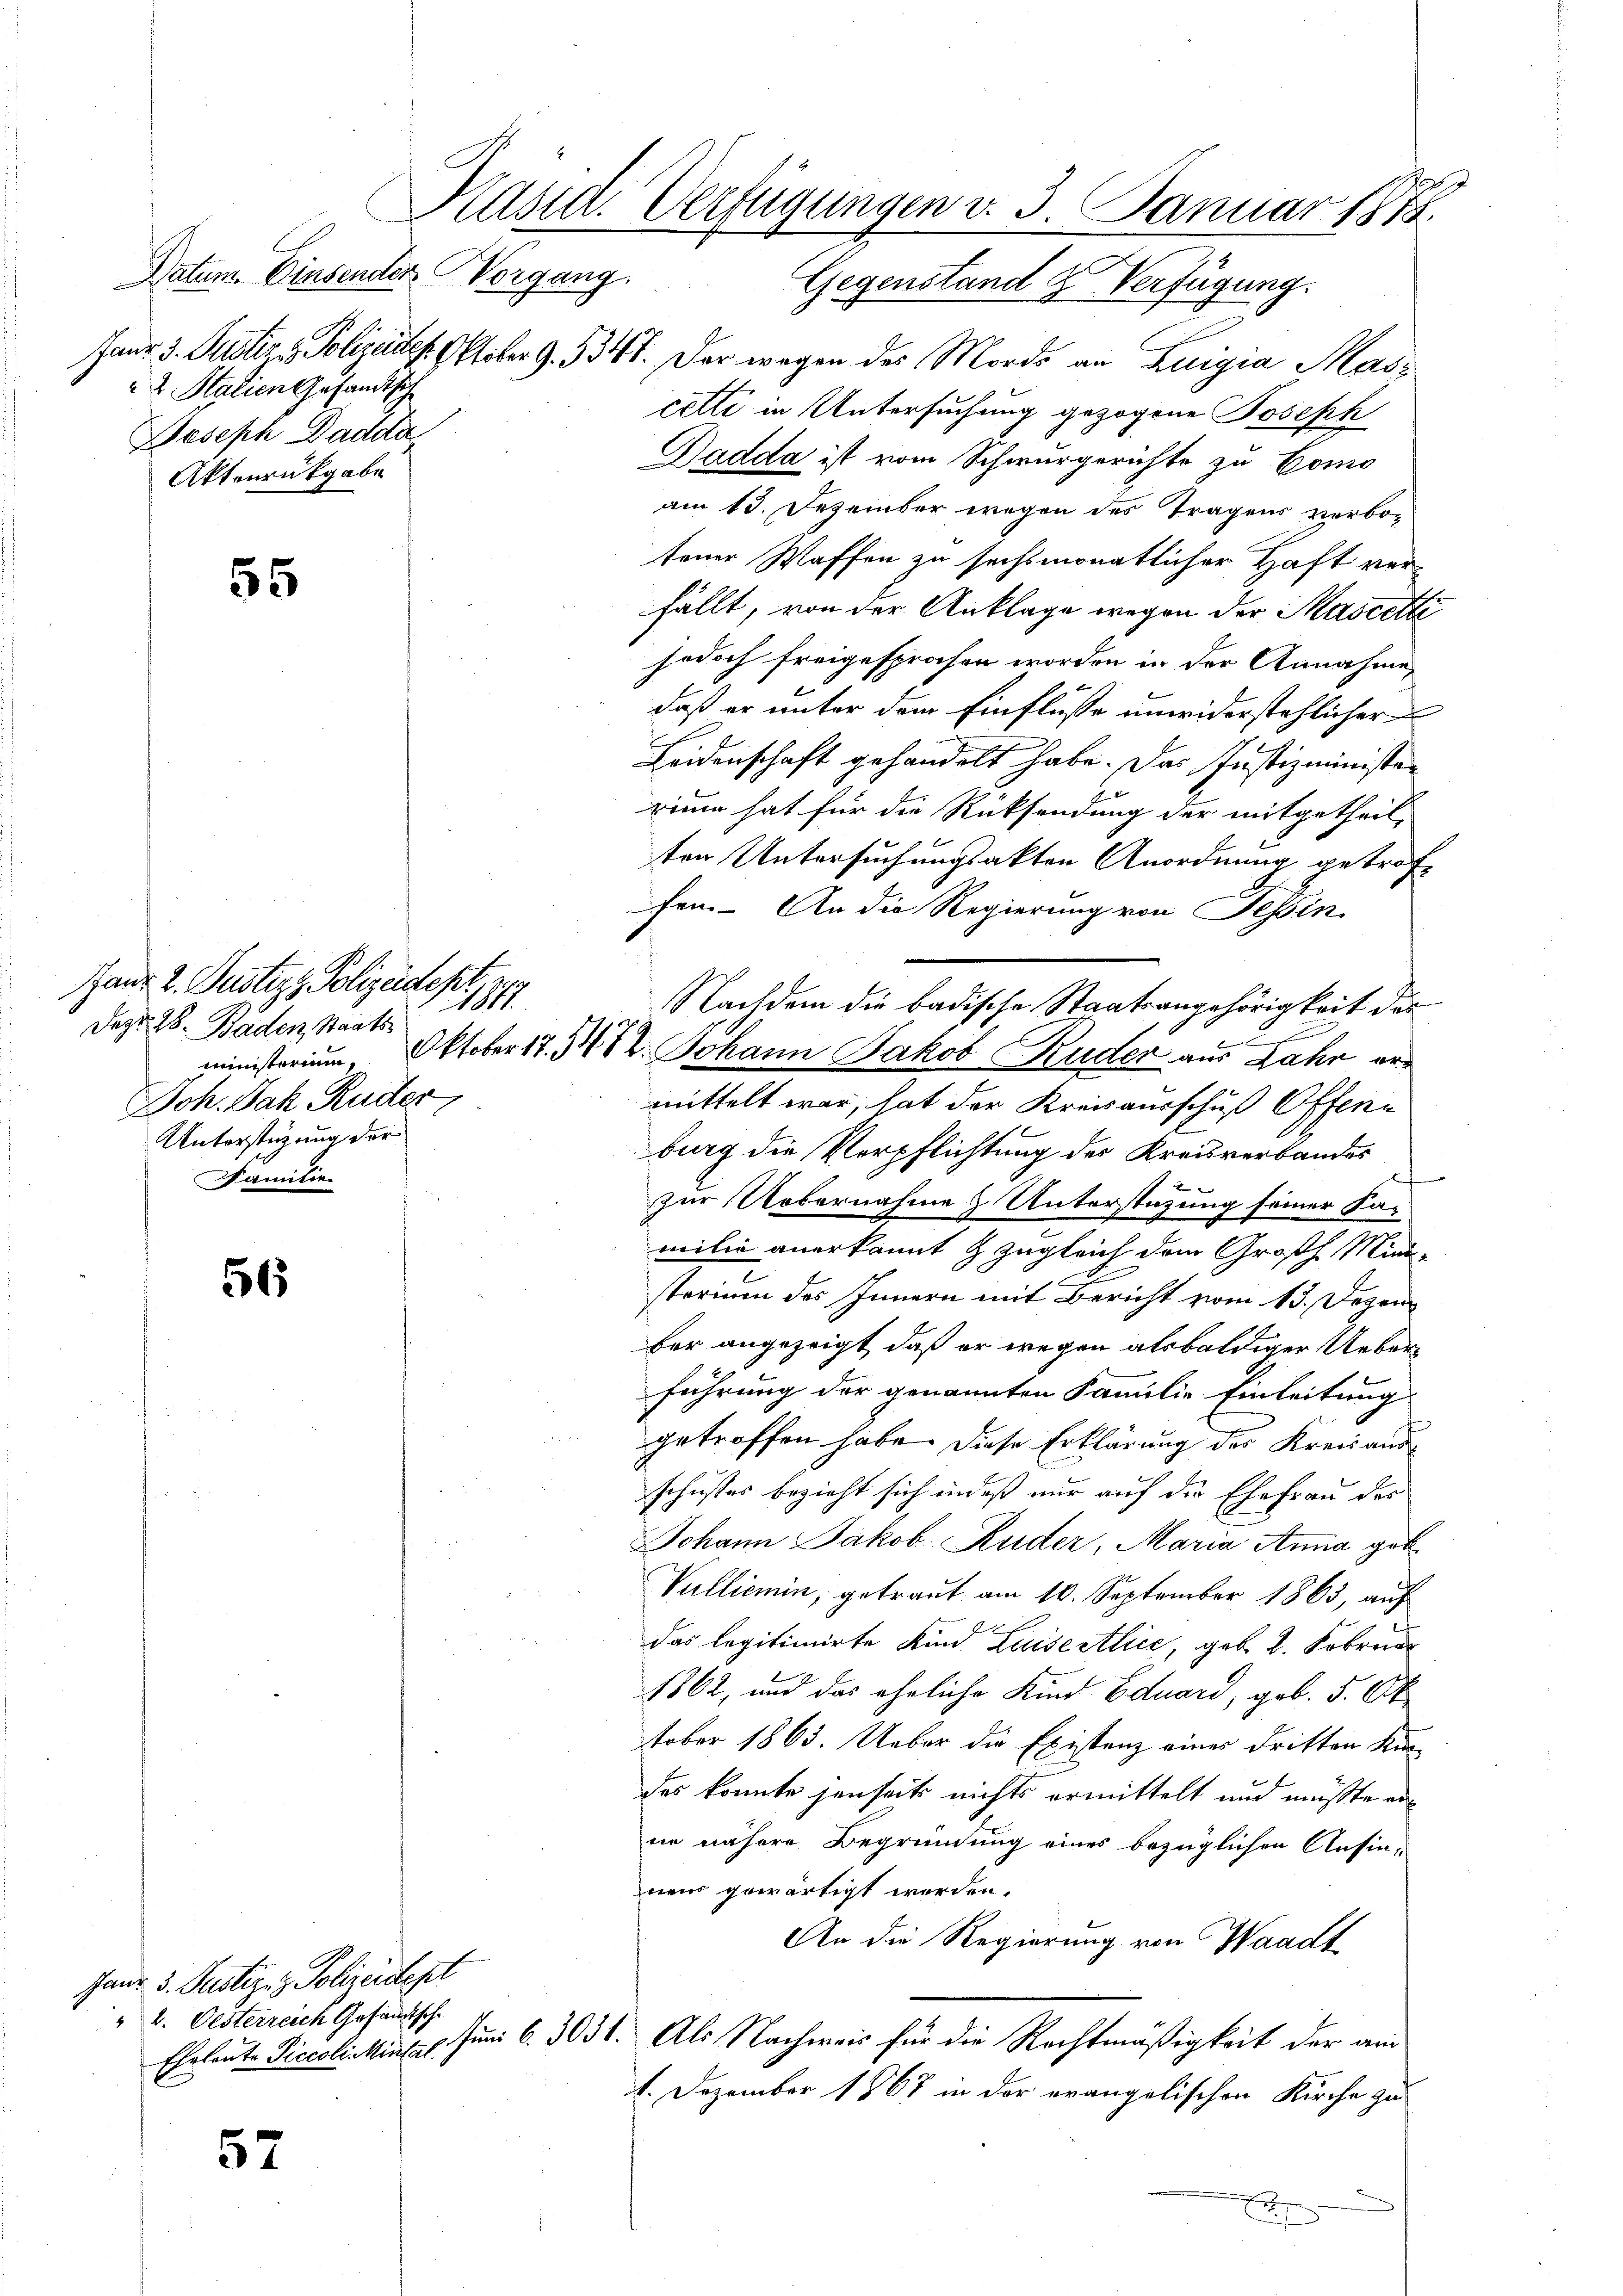
Datum. Einsender
2. Stalien Gesandtsche
Joseph Dadda
Aktenrückgabe

55

Ganz 2. Justiz - Polizeidekr
1 1887
Dazu 28. Baden, Staats¬
Joh. Jak. Ruder
Unterstüzung der
Familie.

6

Haus 3. Justiz- & Polizeistest
2. Oesterreich Gesandtsche

57

A
Präsid. Verfügungen d. 3. Januar 1878.
Vorgang.
Gegenstand & Verfügung.

Jaur 3. Justiz - Polizeide Oktober G. 534. Der wegen des Mords an Luigia Madcetti in Untersuchung gezogene Joseph
Padda ist vom Schwurgerichte zu Como
am 13. Dezember wegen des Tragens verbofeuer Waffen zu sechsmonatlicher Haft verfällt, von der Anklage wegen der Mascette
jedoch freigesprochen worden in der Annahme,
daß er unter dem Einflüsse unwiderstehlicher
Leidenschaft gehandelt habe. Das Justizminister
rimm hat für die Rücksendung der mitgetheil-
ten Untersuchungsakten Anordnung getrof-
D
fen. An die Regierung von Tessin.
n
c
ministerium, Oktober 17. 3412. Johann Jakob Ruder aus Jahr ermittelt war, hat der Kreisausschuß Offene
burg die Verpflichtung des Kreisverbandes
zur Uebernahme & Unterstüzung seiner Familie anerkannt & zugleich dem Großh. Ministerium des Innern mit Bericht vom 13. Dezem
ber angezeigt, daß er wegen alsbaldiger Ueberführung der genannten Familie Einleitung
getroffen habe. Diese Erklärung der Kreisausschusses bezieht sich indeß nur auf die Ehefrau des
Johann Jakob Ruder, Maria Anna geb.
Vulliemin, getraut am 10. September 1863, auf
ff
das legitimirte Kind. Luisestlice, geb. 2. Februar
1862, und das ehrliche Kind Eduard, geb. 5. Ok
tober 1863. Ueber die Existanz einer dritten Kin
des konnte jenseits nichts ermittelt und müßte erne nähere Begründung eines bezüglichen Ansinneus gewärtigt werden.
An die Regierung von Waadt
Eheleute Piccoli kinth. Juni 6. 3031. Als Nachweis für die Rechtmäßigkeit der am
1. Dezember 1867 in der evangelischen Kirche zu

Nachdem die badische Staatsangehörigkeit des